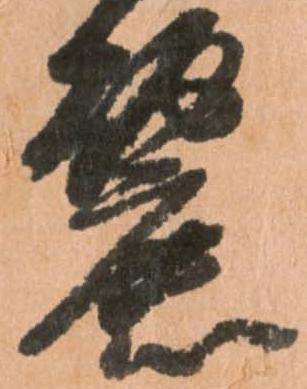
麗